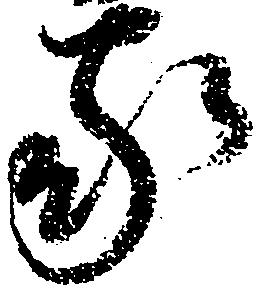
家